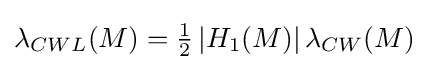
\lambda _{CWL}(M)={\tfrac {1}{2}}\left\vert H_{1}(M)\right\vert \lambda _{CW}(M)